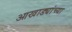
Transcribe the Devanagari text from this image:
आखाड्यांच्या